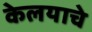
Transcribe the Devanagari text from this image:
केलयाचे